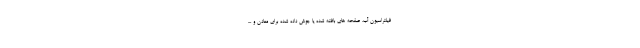
فیلتراسیون آب، صفحه های بافته شده یا جوش داده شده برای معادن و ...